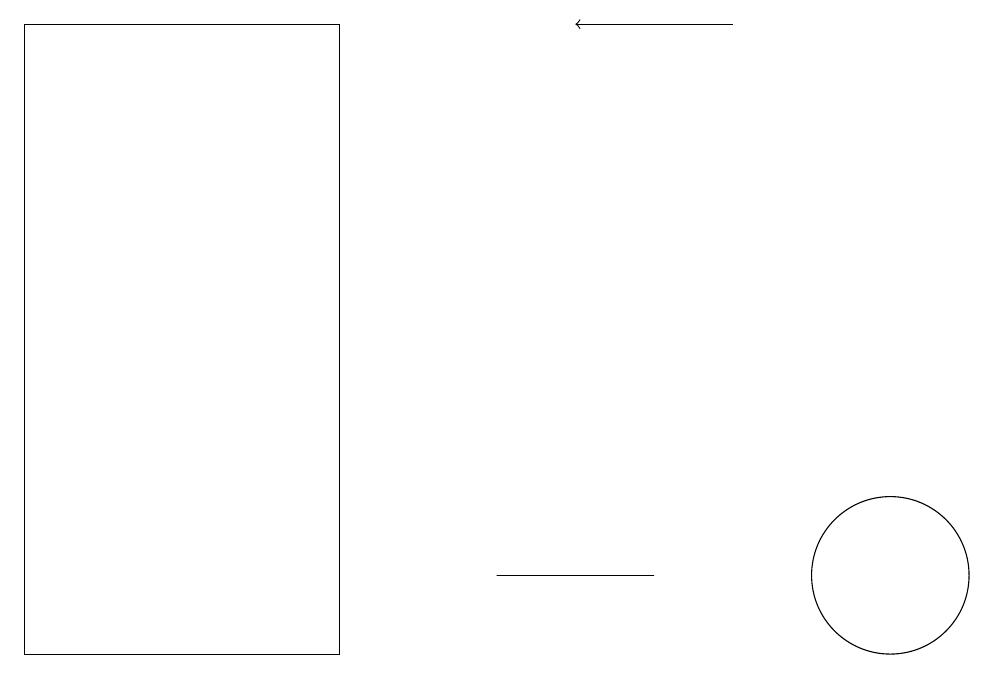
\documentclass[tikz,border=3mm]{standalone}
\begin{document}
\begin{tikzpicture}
\draw (4,10) rectangle (0,18);
\draw (11,11) circle (1);
\draw (8,11) rectangle (6,11);
\draw[->] (9,18) -- (7,18);
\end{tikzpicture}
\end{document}